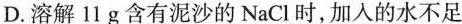
D.溶解11g含有泥沙的NaCl时，加入的水不足